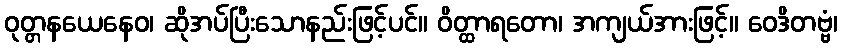
ဝုတ္တနယေနေဝ၊ ဆိုအပ်ပြီးသောနည်းဖြင့်ပင်။ ဝိတ္ထာရတော၊ အကျယ်အားဖြင့်။ ဝေဒိတဗ္ဗံ၊